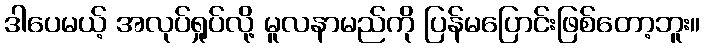
ဒါပေမယ့် အလုပ်ရှုပ်လို့ မူလနာမည်ကို ပြန်မပြောင်းဖြစ်တော့ဘူး။